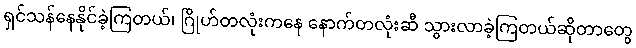
ရှင်သန်နေနိုင်ခဲ့ကြတယ်၊ ဂြိုဟ်တလုံးကနေ နောက်တလုံးဆီ သွားလာခဲ့ကြတယ်ဆိုတာတွေ